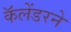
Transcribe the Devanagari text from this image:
कॅलेंडरने